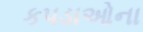
કપડાઓના